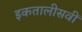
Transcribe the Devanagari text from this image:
इकतालीसवीं